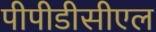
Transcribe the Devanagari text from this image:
पीपीडीसीएल